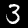
Label: 3